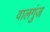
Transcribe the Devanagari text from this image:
वालगुंज